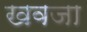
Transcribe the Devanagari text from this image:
खवजा